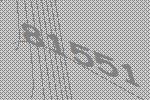
81551